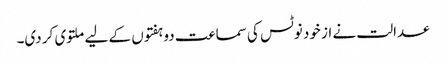
عدالت نے از خود نوٹس کی سماعت دو ہفتوں کے لیے ملتوی کر دی۔